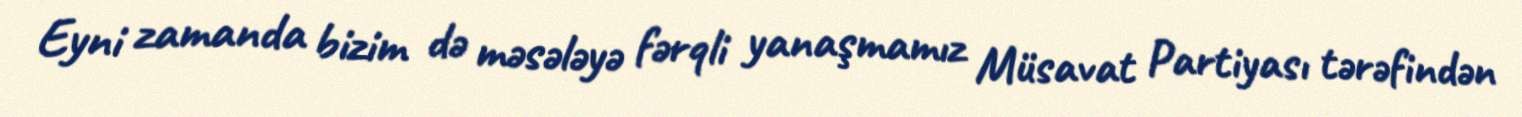
Eyni zamanda bizim də məsələyə fərqli yanaşmamız Müsavat Partiyası tərəfindən